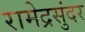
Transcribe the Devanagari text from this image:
रामेद्रसुंदर